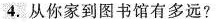
4.从你家到图书馆有多远?